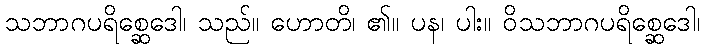
သဘာဂပရိစ္ဆေဒေါ၊ သည်။ ဟောတိ၊ ၏။ ပန၊ ပါး။ ဝိသဘာဂပရိစ္ဆေဒေါ၊